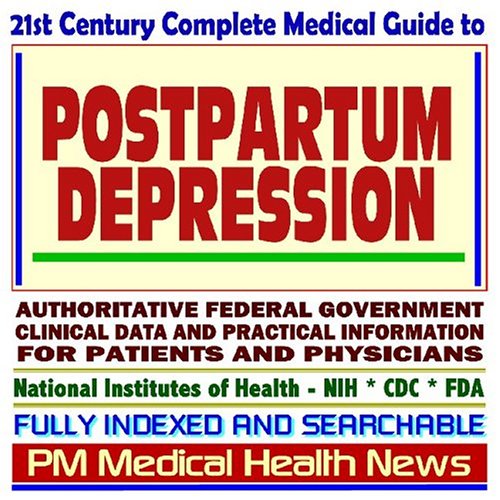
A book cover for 21st Century Complete Medical Guide to Postpartum Depression (PPD): Authoritative Government Documents, Clinical References, and Practical Information for Patients and Physicians; PM Medical Health News; Health, Fitness & Dieting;